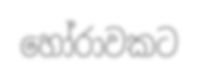
හෝරාවකට